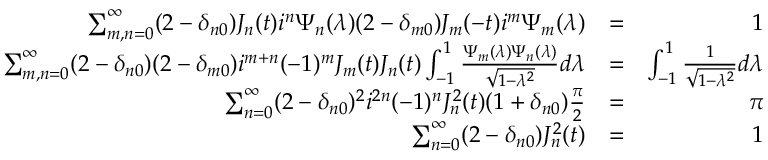
\begin{array} { r l r } { \sum _ { m , n = 0 } ^ { \infty } ( 2 - \delta _ { n 0 } ) J _ { n } ( t ) i ^ { n } \Psi _ { n } ( \lambda ) ( 2 - \delta _ { m 0 } ) J _ { m } ( - t ) i ^ { m } \Psi _ { m } ( \lambda ) } & { = } & { 1 } \\ { \sum _ { m , n = 0 } ^ { \infty } ( 2 - \delta _ { n 0 } ) ( 2 - \delta _ { m 0 } ) i ^ { m + n } ( - 1 ) ^ { m } J _ { m } ( t ) J _ { n } ( t ) \int _ { - 1 } ^ { 1 } \frac { \Psi _ { m } ( \lambda ) \Psi _ { n } ( \lambda ) } { \sqrt { 1 - \lambda ^ { 2 } } } d \lambda } & { = } & { \int _ { - 1 } ^ { 1 } \frac { 1 } { \sqrt { 1 - \lambda ^ { 2 } } } d \lambda } \\ { \sum _ { n = 0 } ^ { \infty } ( 2 - \delta _ { n 0 } ) ^ { 2 } i ^ { 2 n } ( - 1 ) ^ { n } J _ { n } ^ { 2 } ( t ) ( 1 + \delta _ { n 0 } ) \frac { \pi } { 2 } } & { = } & { \pi } \\ { \sum _ { n = 0 } ^ { \infty } ( 2 - \delta _ { n 0 } ) J _ { n } ^ { 2 } ( t ) } & { = } & { 1 } \end{array}